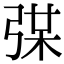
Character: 𢏼